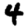
Digit: 4